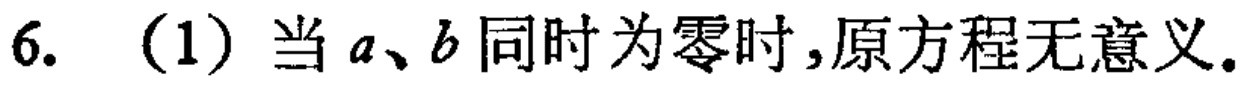
6. （1）当 \(a\)、\(b\) 同时为零时,原方程无意义.